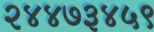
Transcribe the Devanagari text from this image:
२४४७३४५९